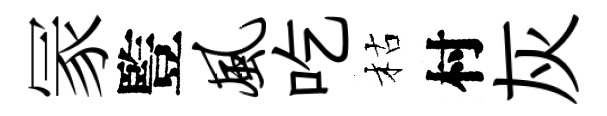
冡䜿风吃枯村灰